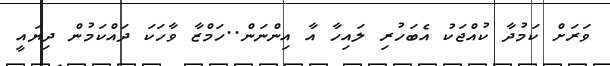
ވަރަށް ކަމުދާ ކުއްޖަކު އެބަހުރި ލައިހާ އާ އިންނަން..ހަމްޒާ ވާހަކަ ދައްކަމުން ދިޔައީ